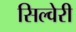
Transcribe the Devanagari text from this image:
सिल्वेरी